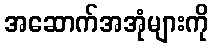
အဆောက်အအုံများကို